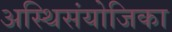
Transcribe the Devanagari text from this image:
अस्थिसंयोजिका